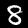
Digit: 8